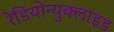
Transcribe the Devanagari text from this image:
रेडियोन्युक्लाइड